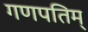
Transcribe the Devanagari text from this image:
गणपतिम्‌